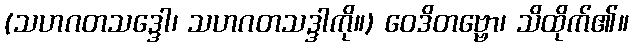
(သဟဂတသဒ္ဒေါ၊ သဟဂတသဒ္ဒါကို။) ဝေဒိတဗ္ဗော၊ သိထိုက်၏။